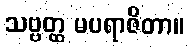
သဗ္ဗတ္ထ မပရာဇိတာ။